Sanitation, dispensaries and jails vaccination Rajputana 1922-1927 - 1922-1927
Year: 1922
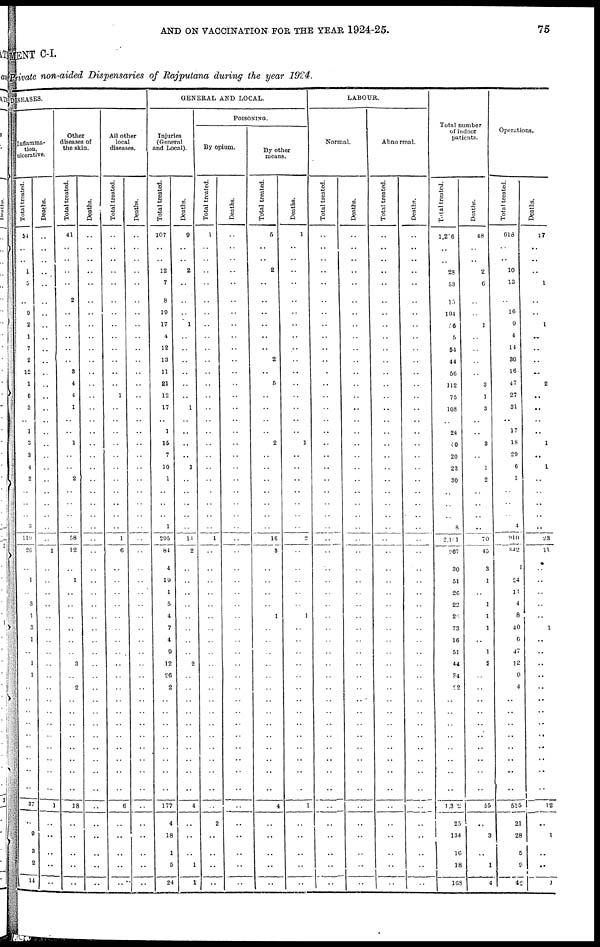
AND ON VACCINATION FOR THE YEAR 1924-25.
75
MENT C-I.
Private non-aided Dispensaries of Rajputana during the year 1924.
DISEASES.
Inflamma-
tion,
ulcerative.
Total treated.
54
..
..
1
6
..
9
2
1
7
2
12
1
6
3
..
1
3
3
4
2
..
..
..
3
119
26
..
1
..
3
1
3
1
..
1
1
..
..
..
..
..
..
..
..
..
37
..
9
3
2
14
Deaths.
..
..
..
..
..
..
..
..
..
..
..
..
..
..
..
..
..
..
..
..
..
..
..
..
..
..
1
..
..
..
..
..
..
..
..
..
..
..
..
..
..
..
..
..
..
..
1
..
..
..
..
..
Other
diseases of
the skin.
Total treated.
41
..
..
..
..
2
..
..
..
..
..
3
4
4
1
..
..
1
..
..
2
..
..
..
..
58
12
..
1
..
..
..
..
..
..
3
..
2
..
..
..
..
..
..
..
..
18
..
..
..
..
..
Deaths.
..
..
..
..
..
..
..
..
..
..
..
..
..
..
..
..
..
..
..
..
..
..
..
..
..
..
..
..
..
..
..
..
..
..
..
..
..
..
..
..
..
..
..
..
..
..
..
..
..
..
..
..
All other
local
diseases.
Total treated.
..
..
..
..
..
..
..
..
..
..
..
..
..
1
..
..
..
..
..
..
..
..
..
..
..
1
6
..
..
..
..
..
..
..
..
..
..
..
..
..
..
..
..
..
..
..
6
..
..
..
..
..
Deaths.
..
..
..
..
..
..
..
..
..
..
..
..
..
..
..
..
..
..
..
..
..
..
..
..
..
..
..
..
..
..
..
..
..
..
..
..
..
..
..
..
..
..
..
..
..
..
..
..
..
..
..
..
GENERAL AND LOCAL.
Injuries
(General
and Local).
Total treated.
107
..
..
12
7
8
19
17
4
12
13
11
21
12
17
..
1
15
7
10
1
..
..
..
1
295
84
4
19
1
5
4
7
4
9
12
26
2
..
..
..
..
..
..
..
..
177
4
18
1
5
24
Deaths.
9
..
..
2
..
..
..
1
..
..
..
..
..
..
1
..
..
..
..
1
..
..
..
..
..
14
2
..
..
..
..
..
..
..
..
2
..
..
..
..
..
..
..
..
..
..
4
..
..
..
1
1
POISONING.
By opium.
Total treated.
1
..
..
..
..
..
..
..
..
..
..
..
..
..
..
..
..
..
..
..
..
..
..
..
..
1
..
..
..
..
..
..
..
..
..
..
..
..
..
..
..
..
..
..
..
..
..
2
..
..
..
..
Deaths.
..
..
..
..
..
..
..
..
..
..
..
..
..
..
..
..
..
..
..
..
..
..
..
..
..
..
..
..
..
..
..
..
..
..
..
..
..
..
..
..
..
..
..
..
..
..
..
..
..
..
..
..
By other
means.
Total treated.
5
..
..
2
..
..
..
..
..
..
2
..
5
..
..
..
..
2
..
..
..
..
..
..
..
16
3
..
..
..
..
1
..
..
..
..
..
..
..
..
..
..
..
..
..
..
4
..
..
..
..
..
Deaths.
1
..
..
..
..
..
..
..
..
..
..
..
..
..
..
..
..
1
..
..
..
..
..
..
..
2
..
..
..
..
..
1
..
..
..
..
..
..
..
..
..
..
..
..
..
..
1
..
..
..
..
..
LABOUR.
Normal.
Total treated.
..
..
..
..
..
..
..
..
..
..
..
..
..
..
..
..
..
..
..
..
..
..
..
..
..
..
..
..
..
..
..
..
..
..
..
..
..
..
..
..
..
..
..
..
..
..
..
..
..
..
..
..
Deaths.
..
..
..
..
..
..
..
..
..
..
..
..
..
..
..
..
..
..
..
..
..
..
..
..
..
..
..
..
..
..
..
..
..
..
..
..
..
..
..
..
..
..
..
..
..
..
..
..
..
..
..
..
Abnormal.
Total treated.
..
..
..
..
..
..
..
..
..
..
..
..
..
..
..
..
..
..
..
..
..
..
..
..
..
..
..
..
..
..
..
..
..
..
..
..
..
..
..
..
..
..
..
..
..
..
..
..
..
..
..
..
Deaths.
..
..
..
..
..
..
..
..
..
..
..
..
..
..
..
..
..
..
..
..
..
..
..
..
..
..
..
..
..
..
..
..
..
..
..
..
..
..
..
..
..
..
..
..
..
..
..
..
..
..
..
..
Total number
of indoor
patients.
Total treated.
1,206
..
..
28
53
15
104
56
5
54
44
56
112
75
108
..
24
40
20
23
30
..
..
..
8
2,101
967
30
51
26
22
26
73
16
51
44
34
22
..
..
..
..
..
..
..
..
1,302
25
134
10
18
168
Deaths.
48
..
..
2
6
..
..
1
..
..
..
..
3
1
3
..
..
3
..
1
2
..
..
..
..
70
45
3
1
..
1
1
1
..
1
2
..
..
..
..
..
..
..
..
..
..
55
..
3
..
1
4
Operations.
Total treated.
618
..
..
10
13
..
16
9
4
14
30
16
47
27
31
..
17
18
29
6
1
..
..
..
4
910
842
1
24
14
4
8
40
6
47
12
9
4
..
..
..
..
..
..
..
..
515
21
28
5
9
42
Deaths.
17
..
..
..
1
..
..
1
..
..
..
...
2
..
..
..
..
1
..
1
..
..
..
..
..
23
11
..
..
..
..
..
1
..
..
..
..
..
..
..
..
..
..
..
..
..
12
..
1
..
..
1